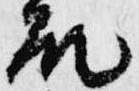
殿